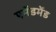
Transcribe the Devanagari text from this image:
एमेंडमेंड